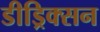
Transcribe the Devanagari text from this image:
डीड्रिक्सन